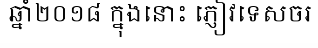
ឆ្នាំ២០១៨ ក្នុងនោះ ភ្ញៀវទេសចរ